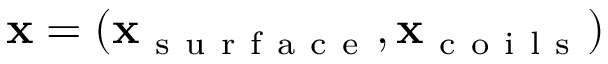
\mathbf x = ( \mathbf x _ { \mathrm { ~ s ~ u ~ r ~ f ~ a ~ c ~ e ~ } } , \mathbf x _ { \mathrm { ~ c ~ o ~ i ~ l ~ s ~ } } )